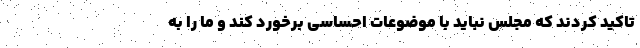
تاکید کردند که مجلس نباید با موضوعات احساسی برخورد کند و ما را به